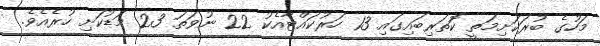
މަހުގެ ބުރަކަށިމަތީ ކޮަތަރިބައިގައި 13 ހަރުކައްޓާއެކު 22 ނުވަތަ 23 މަޑުކަށި ހުރެއެވެ.